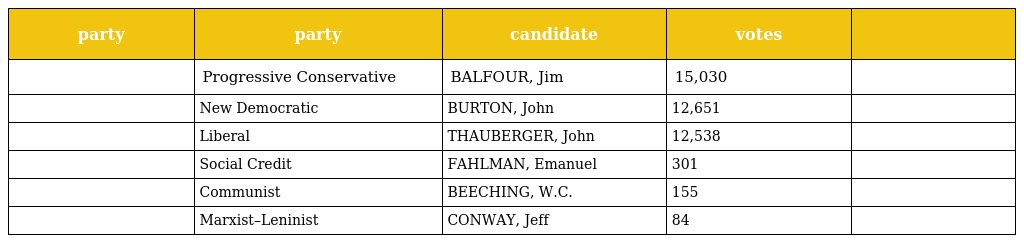
| party | party | candidate | votes |  |
 | --- | --- | --- | --- | --- |
 |  | Progressive Conservative | BALFOUR, Jim | 15,030 |  |
 |  | New Democratic | BURTON, John | 12,651 |  |
 |  | Liberal | THAUBERGER, John | 12,538 |  |
 |  | Social Credit | FAHLMAN, Emanuel | 301 |  |
 |  | Communist | BEECHING, W.C. | 155 |  |
 |  | Marxist–Leninist | CONWAY, Jeff | 84 |  |